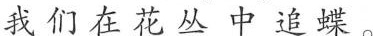
我们在花丛中追蝶。